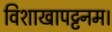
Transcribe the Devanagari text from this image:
विशाखापट्टनम।